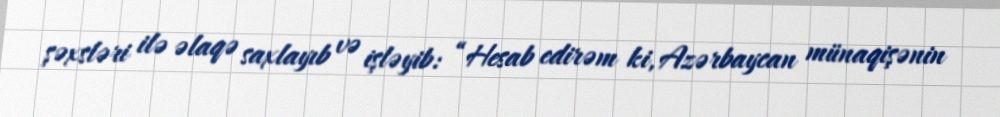
şəxsləri ilə əlaqə saxlayıb və işləyib: “Hesab edirəm ki, Azərbaycan münaqişənin